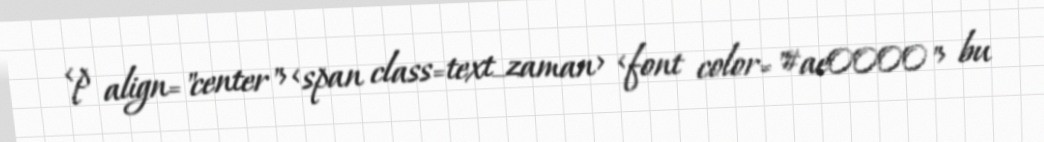
<p align="center"><span class=text_zaman> <font color="#ae0000"> bu